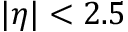
| \eta | < 2 . 5